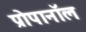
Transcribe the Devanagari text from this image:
प्रोपानॉल